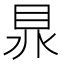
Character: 𥅀